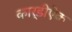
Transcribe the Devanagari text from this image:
कार्डीऐक